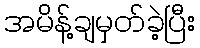
အမိန့်ချမှတ်ခဲ့ပြီး